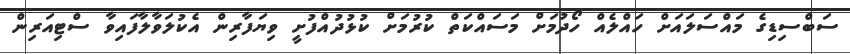
ސަބްސިޑިގެ މައްސަލައަށް ހައްލެއް ހޯދުމަށް މަސައްކަތް ކުރުމަށް ކުޅުދުއްފުށީ ވިޔަފާރިން އެކުލަވާލާފައިވާ ސްޓިއަރިން